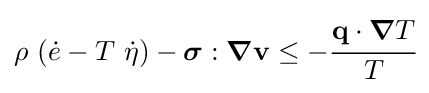
\rho ~({\dot {e}}-T~{\dot {\eta }})-{\boldsymbol {\sigma }}:{\boldsymbol {\nabla }}\mathbf {v} \leq -{\cfrac {\mathbf {q} \cdot {\boldsymbol {\nabla }}T}{T}}